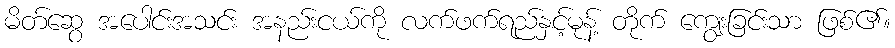
မိတ်ဆွေ အပေါင်းအသင်း အနည်းငယ်ကို လက်ဖက်ရည်နှင့်မုန့် တိုက် ကျွေးခြင်းသာ ဖြစ်၏။